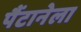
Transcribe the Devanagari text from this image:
पैंटानेला